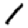
Digit: 1